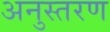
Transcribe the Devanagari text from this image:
अनुस्तरण